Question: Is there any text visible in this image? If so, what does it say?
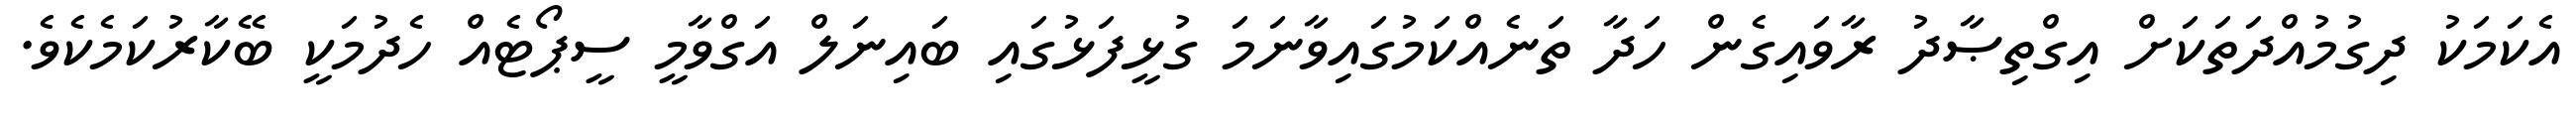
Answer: އެކަމަކު ދިގުމުއްދަތަކަށް އިގްތިޞާދު ރާވައިގެން ހަދާ ތަނެއްކަމުގައިވާނަމަ ގުޅީފަޅުގައި ބައިނަލް އަގްވާމީ ސީޕޯޓެއް ހެދުމަކީ ބޭކާރުކަމެކެވެ.